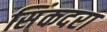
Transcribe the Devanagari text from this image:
सिंकदरा